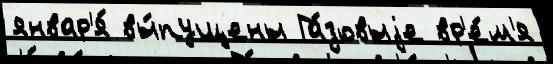
январ'я́ вы́пущены Га́зовыjе вр'е́м'я